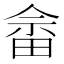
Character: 畲